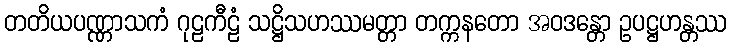
တတိယပဏ္ဏာသကံ ဂုဠကီဠံ သဋ္ဌိသဟဿမတ္တာ တက္ကနတော အဝဒန္တော ဥပဋ္ဌဟန္တဿ